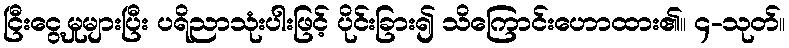
ငြီးငွေ့မှုများပြီး ပရိညာသုံးပါးဖြင့် ပိုင်းခြား၍ သိကြောင်းဟောထား၏။ ၄-သုတ်။